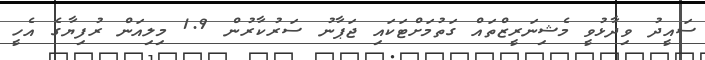
ސައީދު ވިދާޅުވީ މެޝިނަރީޒްތައް ގަތުމަށްޓަކައި ޖަޕާނު ސަރުކާރުން 1.9 މިލިއަން ރުފިޔާގެ އެހީ